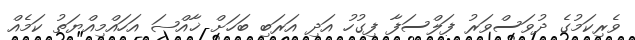
ވެރިކަމުގެ ދުވަސްވަރު ފަލްސަފާ ފިގުހު އަދި އަރަބި ބަހަށް ޚާއްޞަ އަހައްމިއްޔަތު ކަމެއް